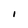
Character: I